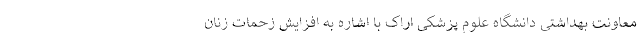
معاونت بهداشتی دانشگاه علوم پزشکی اراک با اشاره به افزایش زحمات زنان